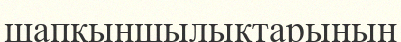
шапқыншылықтарының